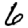
Digit: 6